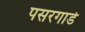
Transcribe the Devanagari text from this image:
पसरगाडे